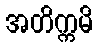
အတိက္ကမိ